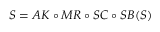
S = A K \circ M R \circ S C \circ S B ( S )